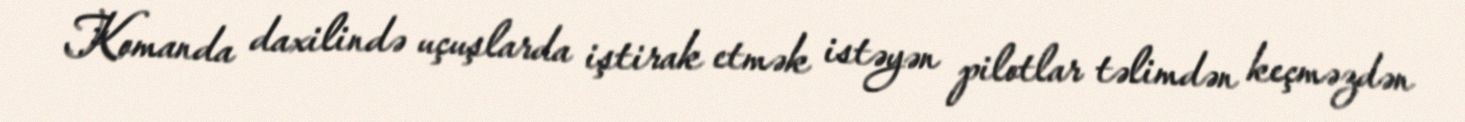
Komanda daxilində uçuşlarda iştirak etmək istəyən pilotlar təlimdən keçməzdən